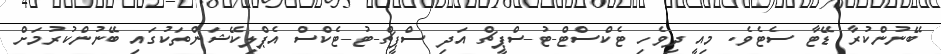
ބޭނުންކުރާ ޑޭޓާ ސެޓެވެ. މިއީ ދިވެހި ޓެކްސްޓް-ޓު-ސްޕީޗް އަދި ސްޕީޗް-ޓު-ޓެކްސް އެޕްލިކޭޝަންތަކުގައި ބޭނުންކުރުމަށް